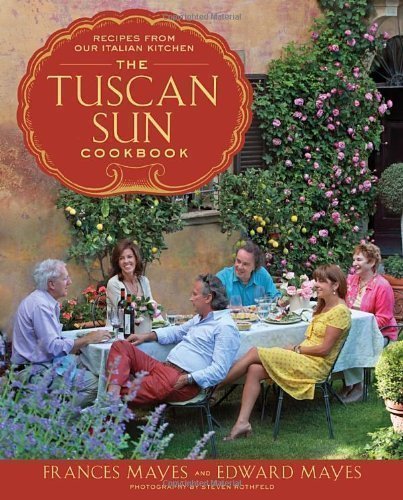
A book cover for The Tuscan Sun Cookbook: Recipes from Our Italian Kitchen by Mayes, Frances, Mayes, Edward [2012]; Frances, Mayes, Edward Mayes; Cookbooks, Food & Wine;